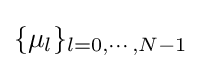
\{\mu _{l}\}_{l=0,\cdots ,N-1}